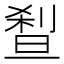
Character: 𰄼